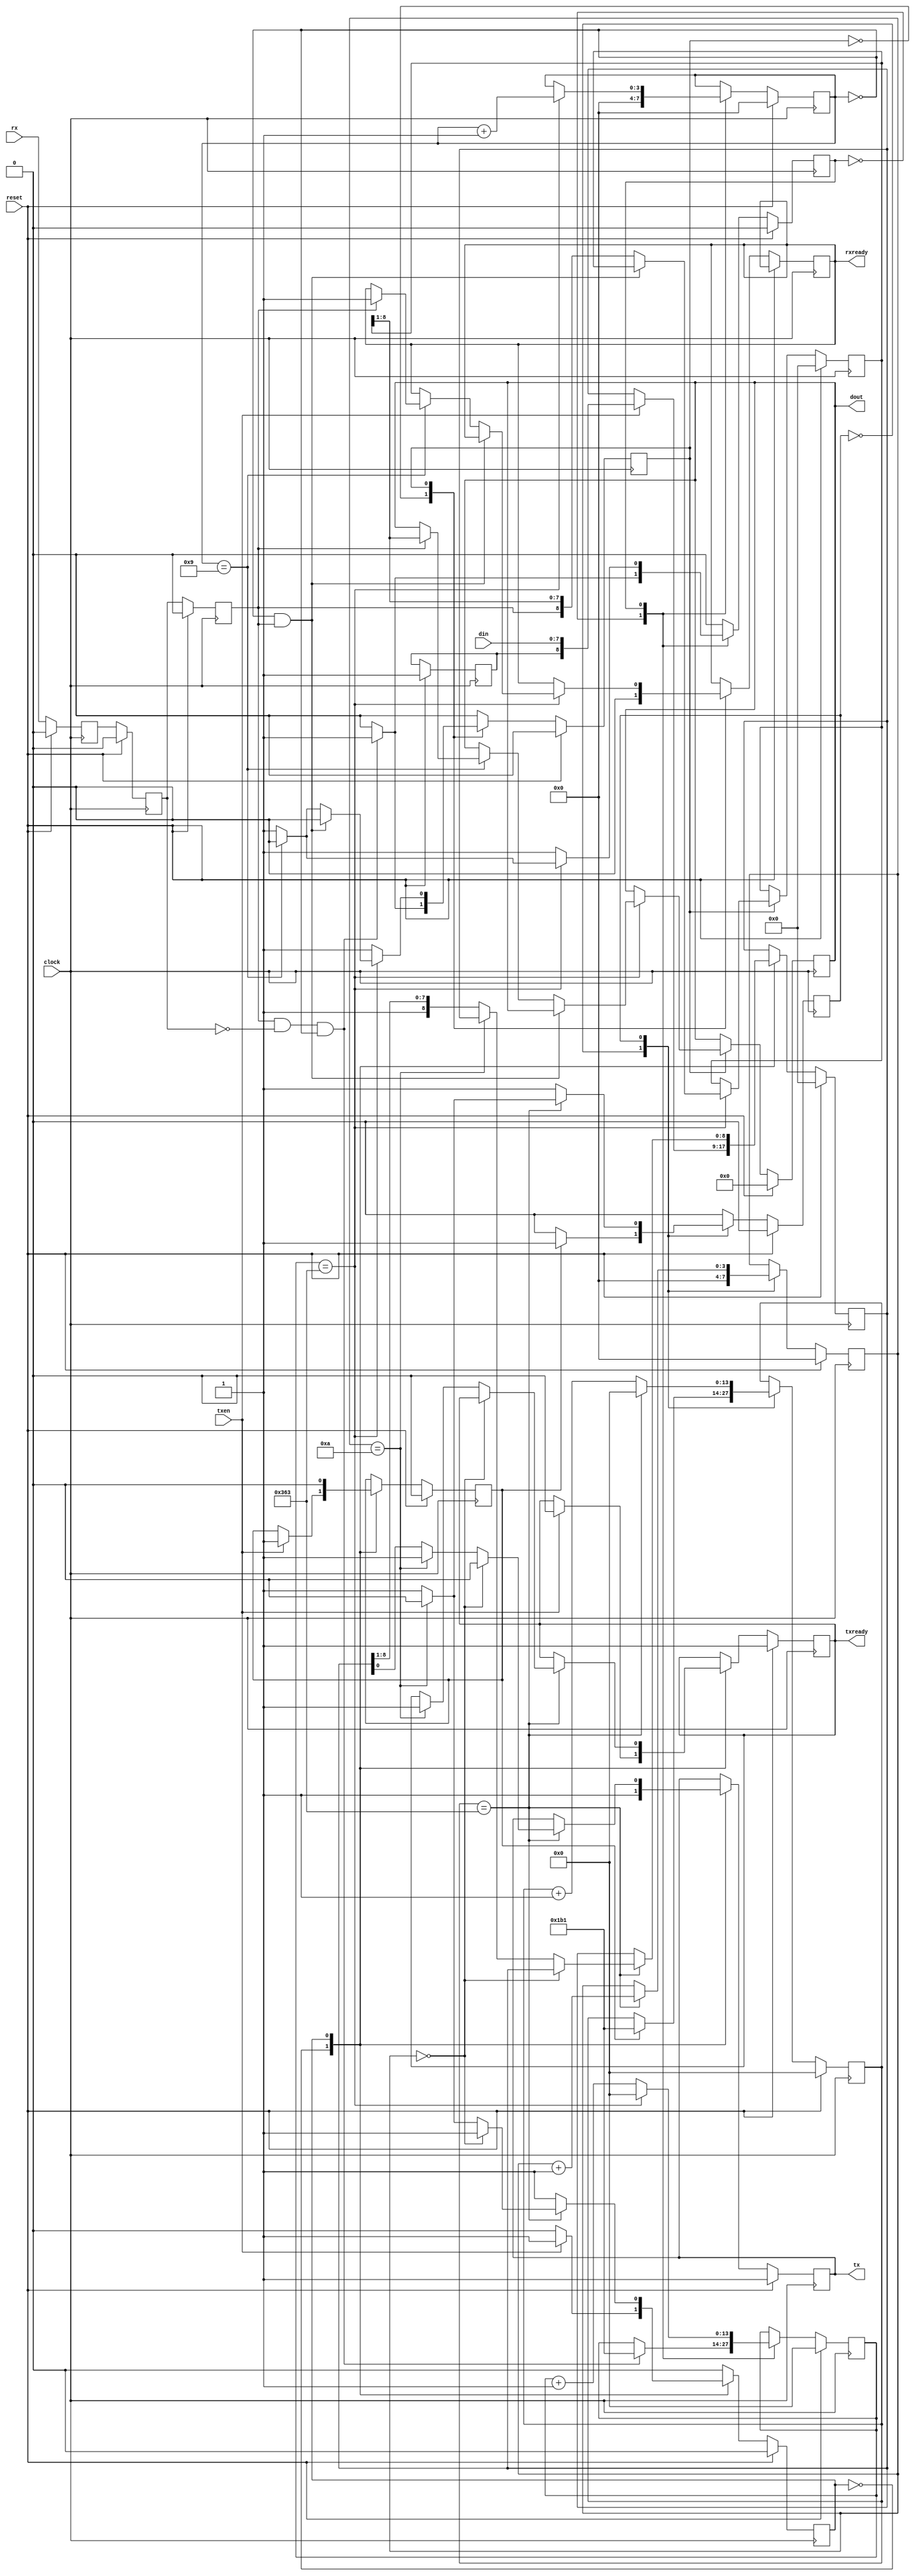
//-------------------------------------------------------------------------------
//  Simple usart with fixed configuration (1 start bit, 8 data bits, 1 stop bit, no parity)
//  baudrate is user defined (see configuration section below)
//  
//  jca@fe.up.pt,  Dec 2007-2014
//
//-------------------------------------------------------------------------------

`timescale 1ns/1ps

module uart ( 
                clock,  // master clock
                reset,  // master reset, assynchronous, active high
                tx,     // output: tx data
                rx,     // input: rx data
                txen,   // input, active high: load data into transmit buffer and initiate a transmission, active high
                txready,// output, active high: ready to receive a new byte to tx
                rxready,// output, active high: data is ready at dout port
                dout,   // data out (received data)
                din     // data in (data to transmit)
              );
input        clock, reset, txen;
input        rx;
output       tx;
output       txready, rxready;

input  [7:0] din;
output [7:0] dout;

//---------------------------------------------------------------------------------
// Configure the USART
parameter INPUT_CLOCK_FREQUENCY = 100_000_000, // master clock frequency, Hz
          TX_BAUD_RATE          = 115_200,     // transmit baudrate
		  RX_BAUD_RATE          = 115_200,     // receive baudrate
		  BAUD_TX_COUNT         = (INPUT_CLOCK_FREQUENCY / TX_BAUD_RATE ) - 1,
		  BAUD_RX_COUNT         = (INPUT_CLOCK_FREQUENCY / RX_BAUD_RATE ) - 1,
		  NBITS_TX_COUNT        = 14,  // Number of bits required for BAUD_TX_COUNT
		  NBITS_RX_COUNT        = 14;  // The same for RX count
//---------------------------------------------------------------------------------

// output registers:
reg           txready, rxready;
reg     [7:0] dout;
reg           tx;

// state register for clock generator FSM:
reg           staterxbc, 
              statetxbc;
              
reg    [NBITS_RX_COUNT-1:0] baudrxcount, baudrxcount2;
reg    [ 3:0] bitrxcount;
reg    [NBITS_TX_COUNT-1:0] baudtxcount;
reg    [ 3:0] bittxcount;
reg           rx1, rx2, rx3;

// TX / RX shift registers:
reg    [8:0]  rxdata, txdata;

// State register for TX/RX serializer/deserializer
reg           staterx,
              statetx;
			  
// baud clock enable pulses:
wire          baudrxclock;
wire          baudtxclock;
wire          startrxbit;
reg           starttxbit;

// Auxiliary flipflop to hold the stopbit:
reg           r_stopbit;



// State encoding for clock divider FSM:
parameter IDLE       = 1'b0,
          CNT10P     = 1'b1;


// State encoding for receive FSM
parameter IDLERX     = 1'b0,
          RXDATA     = 1'b1;

// State encoding for transmit FSM
parameter IDLETX     = 1'b0,
          TXDATA     = 1'b1;


// these are the baudrate clock enable that synchronize the sampling of rx and tx data
assign baudrxclock = (baudrxcount == BAUD_RX_COUNT);
assign baudtxclock = (baudtxcount == BAUD_TX_COUNT);



// clock generator for rx baudrate, freerun
always @(posedge clock)
begin
  if ( reset )
  begin
    baudrxcount2 <= 0;
  end
  else
  begin
    if ( baudrxcount2 == ( BAUD_RX_COUNT / 2 ) )
	  baudrxcount2 <= 0;
	else
	  baudrxcount2 <= baudrxcount2 + 1;
  end
end


// clock generator for rx baudrate
// when startrxbit is asserted, initiate a baudrate clock 
always @(posedge clock)
begin
  if ( reset )
  begin
    baudrxcount <= 0;
    bitrxcount <= 0;
    staterxbc <= IDLE;
  end
  else
  begin
    case ( staterxbc )
      IDLE :        begin
                      bitrxcount <= 0;
                      if ( startrxbit )
                      begin
                        baudrxcount <= BAUD_RX_COUNT / 2; // half bit period
                        staterxbc <= CNT10P;
                      end
                      else
                      begin
                        staterxbc <= IDLE; // wait for startbit
                      end
                    end
                    
      CNT10P:       begin
                      if ( baudrxclock )
                      begin
                        if ( bitrxcount == 9 )
                        begin
                          staterxbc <= IDLE; // counts the 10th bit and stops
                        end
                        else
                        begin
                          staterxbc <= CNT10P;
                        end
                        
                        bitrxcount <= bitrxcount + 1; // counts bits up to 10
                        baudrxcount <= 0;
                      end
                      else
                        baudrxcount <= baudrxcount + 1; // increment baudrate counter
                    end
    endcase
  end
end


// clock generator for tx baudrate
// when starttxbit is asserted, initiate a baudrate clock 
always @(posedge clock)
begin
  if ( reset )
  begin
    baudtxcount <= 0;
    bittxcount <= 0;
    statetxbc <= IDLE;
  end
  else
  begin
    case ( statetxbc )
      IDLE :        begin
                      bittxcount <= 0;
                      if ( starttxbit )
                      begin
                        baudtxcount <= BAUD_TX_COUNT / 2; // half period for 115200 baud
                        statetxbc <= CNT10P;
                      end
                      else
                      begin
                        statetxbc <= IDLE; // wait for startbit
                      end
                    end
                    
      CNT10P:       begin
                      if ( baudtxclock )
                      begin
                        if ( bittxcount == 10 )
                        begin
                          statetxbc <= IDLE; // counts the 10th bit and stops
                        end
                        else
                        begin
                          statetxbc <= CNT10P;
                        end
                        
                        bittxcount <= bittxcount + 1; // counts bits up to 10
                        baudtxcount <= 0;
                      end
                      else
                        baudtxcount <= baudtxcount + 1; // increment baudrate counter
                    end
    endcase
  end
end



// three stage synchonizer for rx input signal
always @(posedge clock)
begin
  if ( reset )
  begin
    rx1 <= 0;
    rx2 <= 0;
    rx3 <= 0;
  end
  else
  begin
    rx1 <= rx;
    rx2 <= rx1;
    rx3 <= rx2;
  end
end


// generate the startbit signal (one clock period pulse) when the rx input changes from 1 to 0:
assign startrxbit = ( rx3 & ~rx2 ) & (bitrxcount == 0);


// input data shift-register (deserializer)
always @(posedge clock)
begin
  if ( reset )
  begin
    rxdata <= 0;
    staterx <= IDLERX;
    dout <= 0;
  end
  else
  begin
    case ( staterx )
      IDLERX:	begin // wait here for the start bit
                  rxready <= 0;
                  if ( startrxbit )
                    staterx <= RXDATA;
                  else
                    staterx <= IDLERX;
                end
                
      RXDATA:	begin
                  if ( baudrxclock ) // for each sampling point at baud clock
                  begin
                    if ( ( bitrxcount == 0 ) & (rx3 == 1'b1) ) // this was a false start bit, rx line is still high!
					begin
					  $display("Error: false start bit detected");
                      staterx <= IDLERX; // abort reception
					end
                    else
                    begin                       
                      rxdata <= {rx3, rxdata[8:1]}; // shift data in
                      if ( bitrxcount == 9 )  // this is the last bit, next bit should be the stop bit (logic one)
                      begin
                        if ( rx3 == 1'b0 ) // stop bit not detected, abort reception
						begin
						  $display("Error: Stop bit not detected");
                          staterx <= IDLERX;
						end
                        else
                        begin
                          dout <= rxdata[8:1];
                          rxready <= 1;
                          staterx <= IDLERX;
                        end
                      end
                    end
                  end
                end                
    endcase
  end
end


initial
begin
    txready <= 1;
    tx <= 1'b1;
	r_stopbit <= 1'b1;
end

// output data shift-register (serializer)
always @(posedge clock)
begin
  if ( reset )
  begin
    txdata <= 0;
    statetx <= IDLETX;
    starttxbit <= 0;
    txready <= 1;
    tx <= 1'b1;
	r_stopbit <= 1'b1;
  end
  else
  begin
    case ( statetx )
      IDLETX:	begin // wait here for entx
                  tx <= 1'b1;
                  if ( txen )
                  begin
                    statetx <= TXDATA;
                    txdata <= {r_stopbit,din}; // concatenate 1 stop bit
                    txready <= 0;
                    starttxbit <= 1;
                  end
                  else
                    statetx <= IDLETX;
                end
                
      TXDATA:	begin
                  starttxbit <= 0;
                  if ( baudtxclock ) // for each sampling point at baud clock
                  begin
                    if ( bittxcount == 0 )
                      tx <= 1'b0; // startbit
                    else
                    begin                       
                      if ( bittxcount == 10 ) 
                      begin
                        tx <= 1'b1; // transmission complete, set tx line to high
                        txready <= 1;
                        statetx <= IDLETX;
                      end
                      else
                      begin
                        tx <= txdata[0]; // databits, starting with LSB
                        txdata <= {1'b1, txdata[8:1]}; // shift right, enter 1 at left
                      end
                    end
                  end
                end                
    endcase
  end
end


endmodule